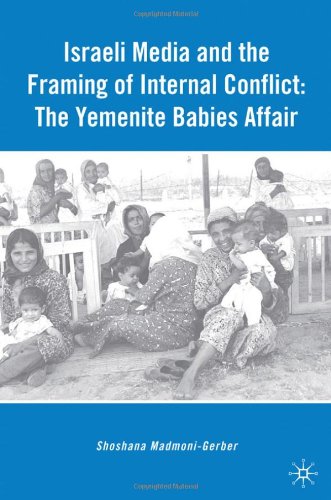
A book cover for Israeli Media and the Framing of Internal Conflict: The Yemenite Babies Affair; Shoshana Madmoni-Gerber; Crafts, Hobbies & Home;